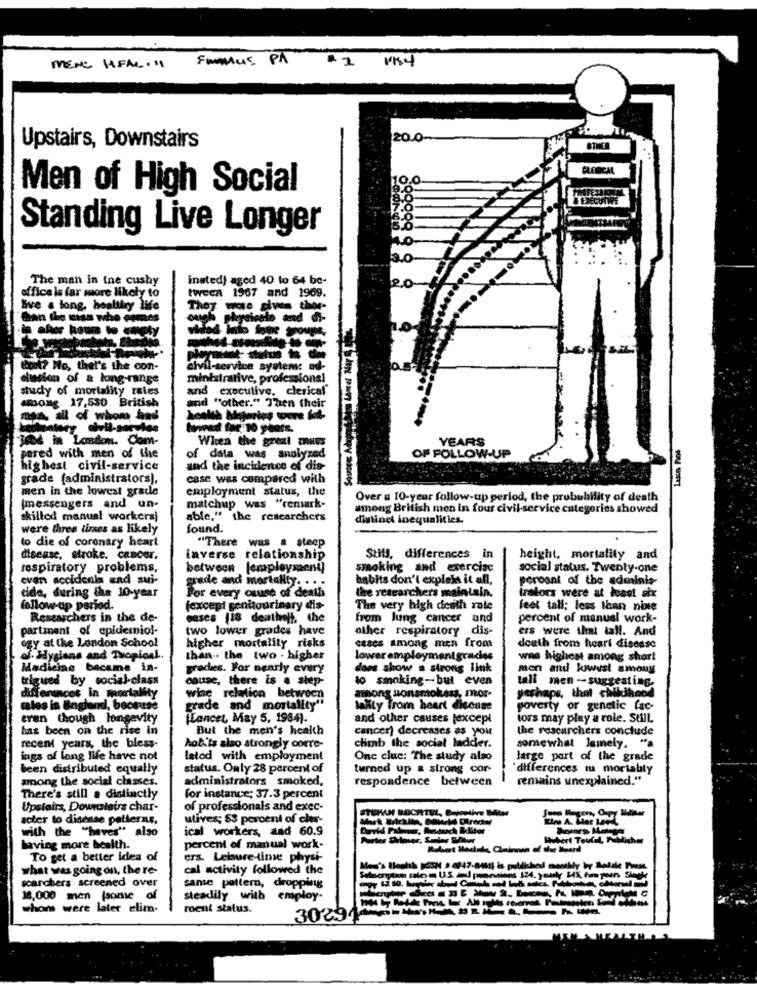
EMMAUS PÅ
MENe HAFAL."
20.0
Upstairs, Downstairs
10.0
Men of High Social
Standing Live Longer
3.0-
The man in the cushy
inated) agod 40 to 64 be-
20
office is far more likely to
tweea 1967 and 1969.
live . long, healthy life
They were given thor-
Bian the man who portes
ough physicsle and di-
@rot? No, the''s the con-
civil-service system: ad-
dusion of & long-range
ministrative, professional
study of mortality rates
and executive, clerical
Moong 17,530 British
and "other." Then their
man, all of whom had
longest far 10 phase.
304 in London. Com-
When the great maes
YEARS
of data was analyzed
pared with men of the
OF FOLLOW-UP
highest civil-service
and the incidence of dis-
grade (administrators),
case was compared with
men in the lowest grade
employment status, the
Over a 10-year follow-up period, the probubility of death
messengers and un-
matchup was "remark-
among British men in four civil-service categories showed
skilled manual workcraj
able," the researchers
distinct inequalities.
were three times as likely
found.
to die of coronary heart
"There was a steep
disease, stroke. cancer,
inverse relationship
Suts, differences in
height, mortality and
respiratory problems,
between [employment]
smoking and exercisc
social status. Twenty-one
cvan accidenla and sui-
babits don't explain it all.
peroont of the adminis-
grade and mortality. ...
the researchers maintain.
trators were at least six
cide, during the 10-year
For every cause of death
follow-up period.
(except gentiourinary dis-
The very high death rate
feet tall: less than nine
Researchers in the de-
eases (18 deathelf, the
from lung cancer and
percent of manual work-
partment of epidemiol-
two lower grades have
other respiratory dis-
ers were that tall. And
ogy at the London School
higher mortality risks
cases among men from
death from heart disease
of. Hygians and Tropical.
than -. the two - higher
lower employmentgrades
was highest among short
Madicine became in-
grades. For nearly every
dore show a strong link
men and lowest amony
trigued by social-class
cause, there is a step-
lo smoking-but even
yeshaps, that childhood
tali men -- suggesting.
differences in mortality
wise relation between
anong nonsmokers, mor.
males is Bnglend, because
grade and mortality"
tallty Trom heart disease
poverty or genelic fac-
eren though longevity
Lancet, May 5, 1984).
and other causes lexcept
tors may play a role. Still,
has been on the rise in
But the men's health
cancer) decreases as you
the researchers conclude
recent years, the bless-
climb the social ladder.
habi'ts also strongly oorre-
somewhat Jemely.
ings of long life have not
lated with employment
One clue: The study also
large part of the grade
been distributed equally
status. Only 28 percent of
turned up a strong cor
"differences tu moriably
among the social classes.
administrators smoked,
respondence between
remains unexplained."
There's still a distinctly
for instance; 37.3 percent
Upstairs, Downclairs char-
of professionals and exec-
HAN BOCHITEL, Depontive IMter
acter to disense patterns,
utives; 53 percent of cher-
with the "haves" also
ical workers, and 60.9
having more health.
percent of manual work-
To get a better idea of
ers. Leisure-time physi-
what was going on, the re-
cal activity followed the
scarchers screened over
same pattern, dropping
18,000 men (some of
steadily with employ-
whom were later elim-
roent status.
3029